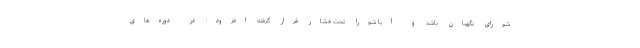
شورای نگهبان باشد و آیا شورا تحت فشار قرار گرفته افزود: در دوره‌های